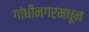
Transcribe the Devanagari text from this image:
गांधीनगरमधून